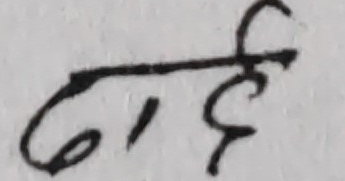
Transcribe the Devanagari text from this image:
दाई